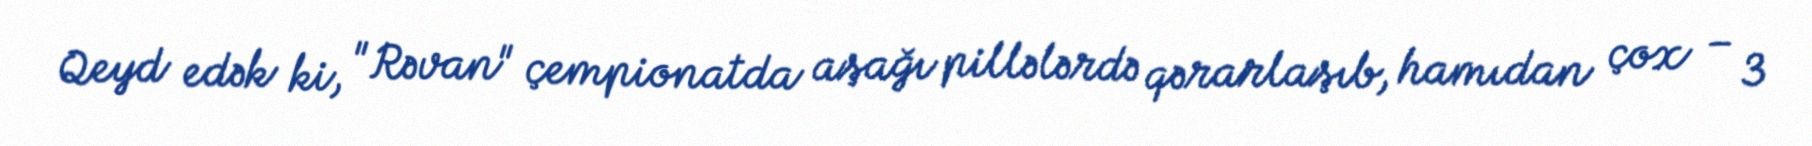
Qeyd edək ki, "Rəvan" çempionatda aşağı pillələrdə qərarlaşıb, hamıdan çox – 3